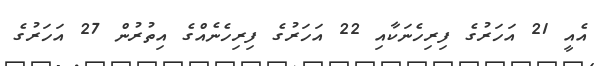
އެއީ 21 އަހަރުގެ ފިރިހެނަކާއި 22 އަހަރުގެ ފިރިހެނެއްގެ އިތުރުން 27 އަހަރުގެ